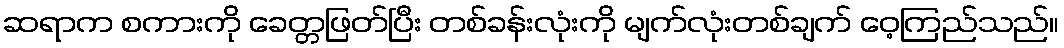
ဆရာက စကားကို ခေတ္တဖြတ်ပြီး တစ်ခန်းလုံးကို မျက်လုံးတစ်ချက် ဝေ့ကြည်သည်။